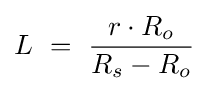
L\ =\ {\frac {r\cdot R_{o}}{R_{s}-R_{o}}}